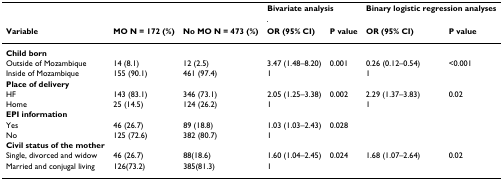
|  |  |  | <COLSPAN=2> Bivariate analysis | <COLSPAN=2> Binary logistic regression analyses |
 | Variable | MO N = 172 (%) | No MO N = 473 (%) | OR (95% CI) | P value | OR (95% CI) | P value |
 | --- | --- | --- | --- | --- | --- | --- |
 | Child born |  |  |  |  |  |  |
 | Outside of Mozambique | 14 (8.1) | 12 (2.5) | 3.47 (1.48–8.20) | 0.001 | 0.26 (0.12–0.54) | <0.001 |
 | Inside of Mozambique | 155 (90.1) | 461 (97.4) | 1 |  | 1 |  |
 | Place of delivery |  |  |  |  |  |  |
 | HF | 143 (83.1) | 346 (73.1) | 2.05 (1.25–3.38) | 0.002 | 2.29 (1.37–3.83) | 0.02 |
 | Home | 25 (14.5) | 124 (26.2) | 1 |  | 1 |  |
 | EPI information |  |  |  |  |  |  |
 | Yes | 46 (26.7) | 89 (18.8) | 1.03 (1.03–2.43) | 0.028 |  |  |
 | No | 125 (72.6) | 382 (80.7) | 1 |  |  |  |
 | Civil status of the mother |  |  |  |  |  |  |
 | Single, divorced and widow | 46 (26.7) | 88(18.6) | 1.60 (1.04–2.45) | 0.024 | 1.68 (1.07–2.64) | 0.02 |
 | Married and conjugal living | 126(73.2) | 385(81.3) | 1 |  |  |  |